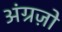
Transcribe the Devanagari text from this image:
अंग्रज़ो